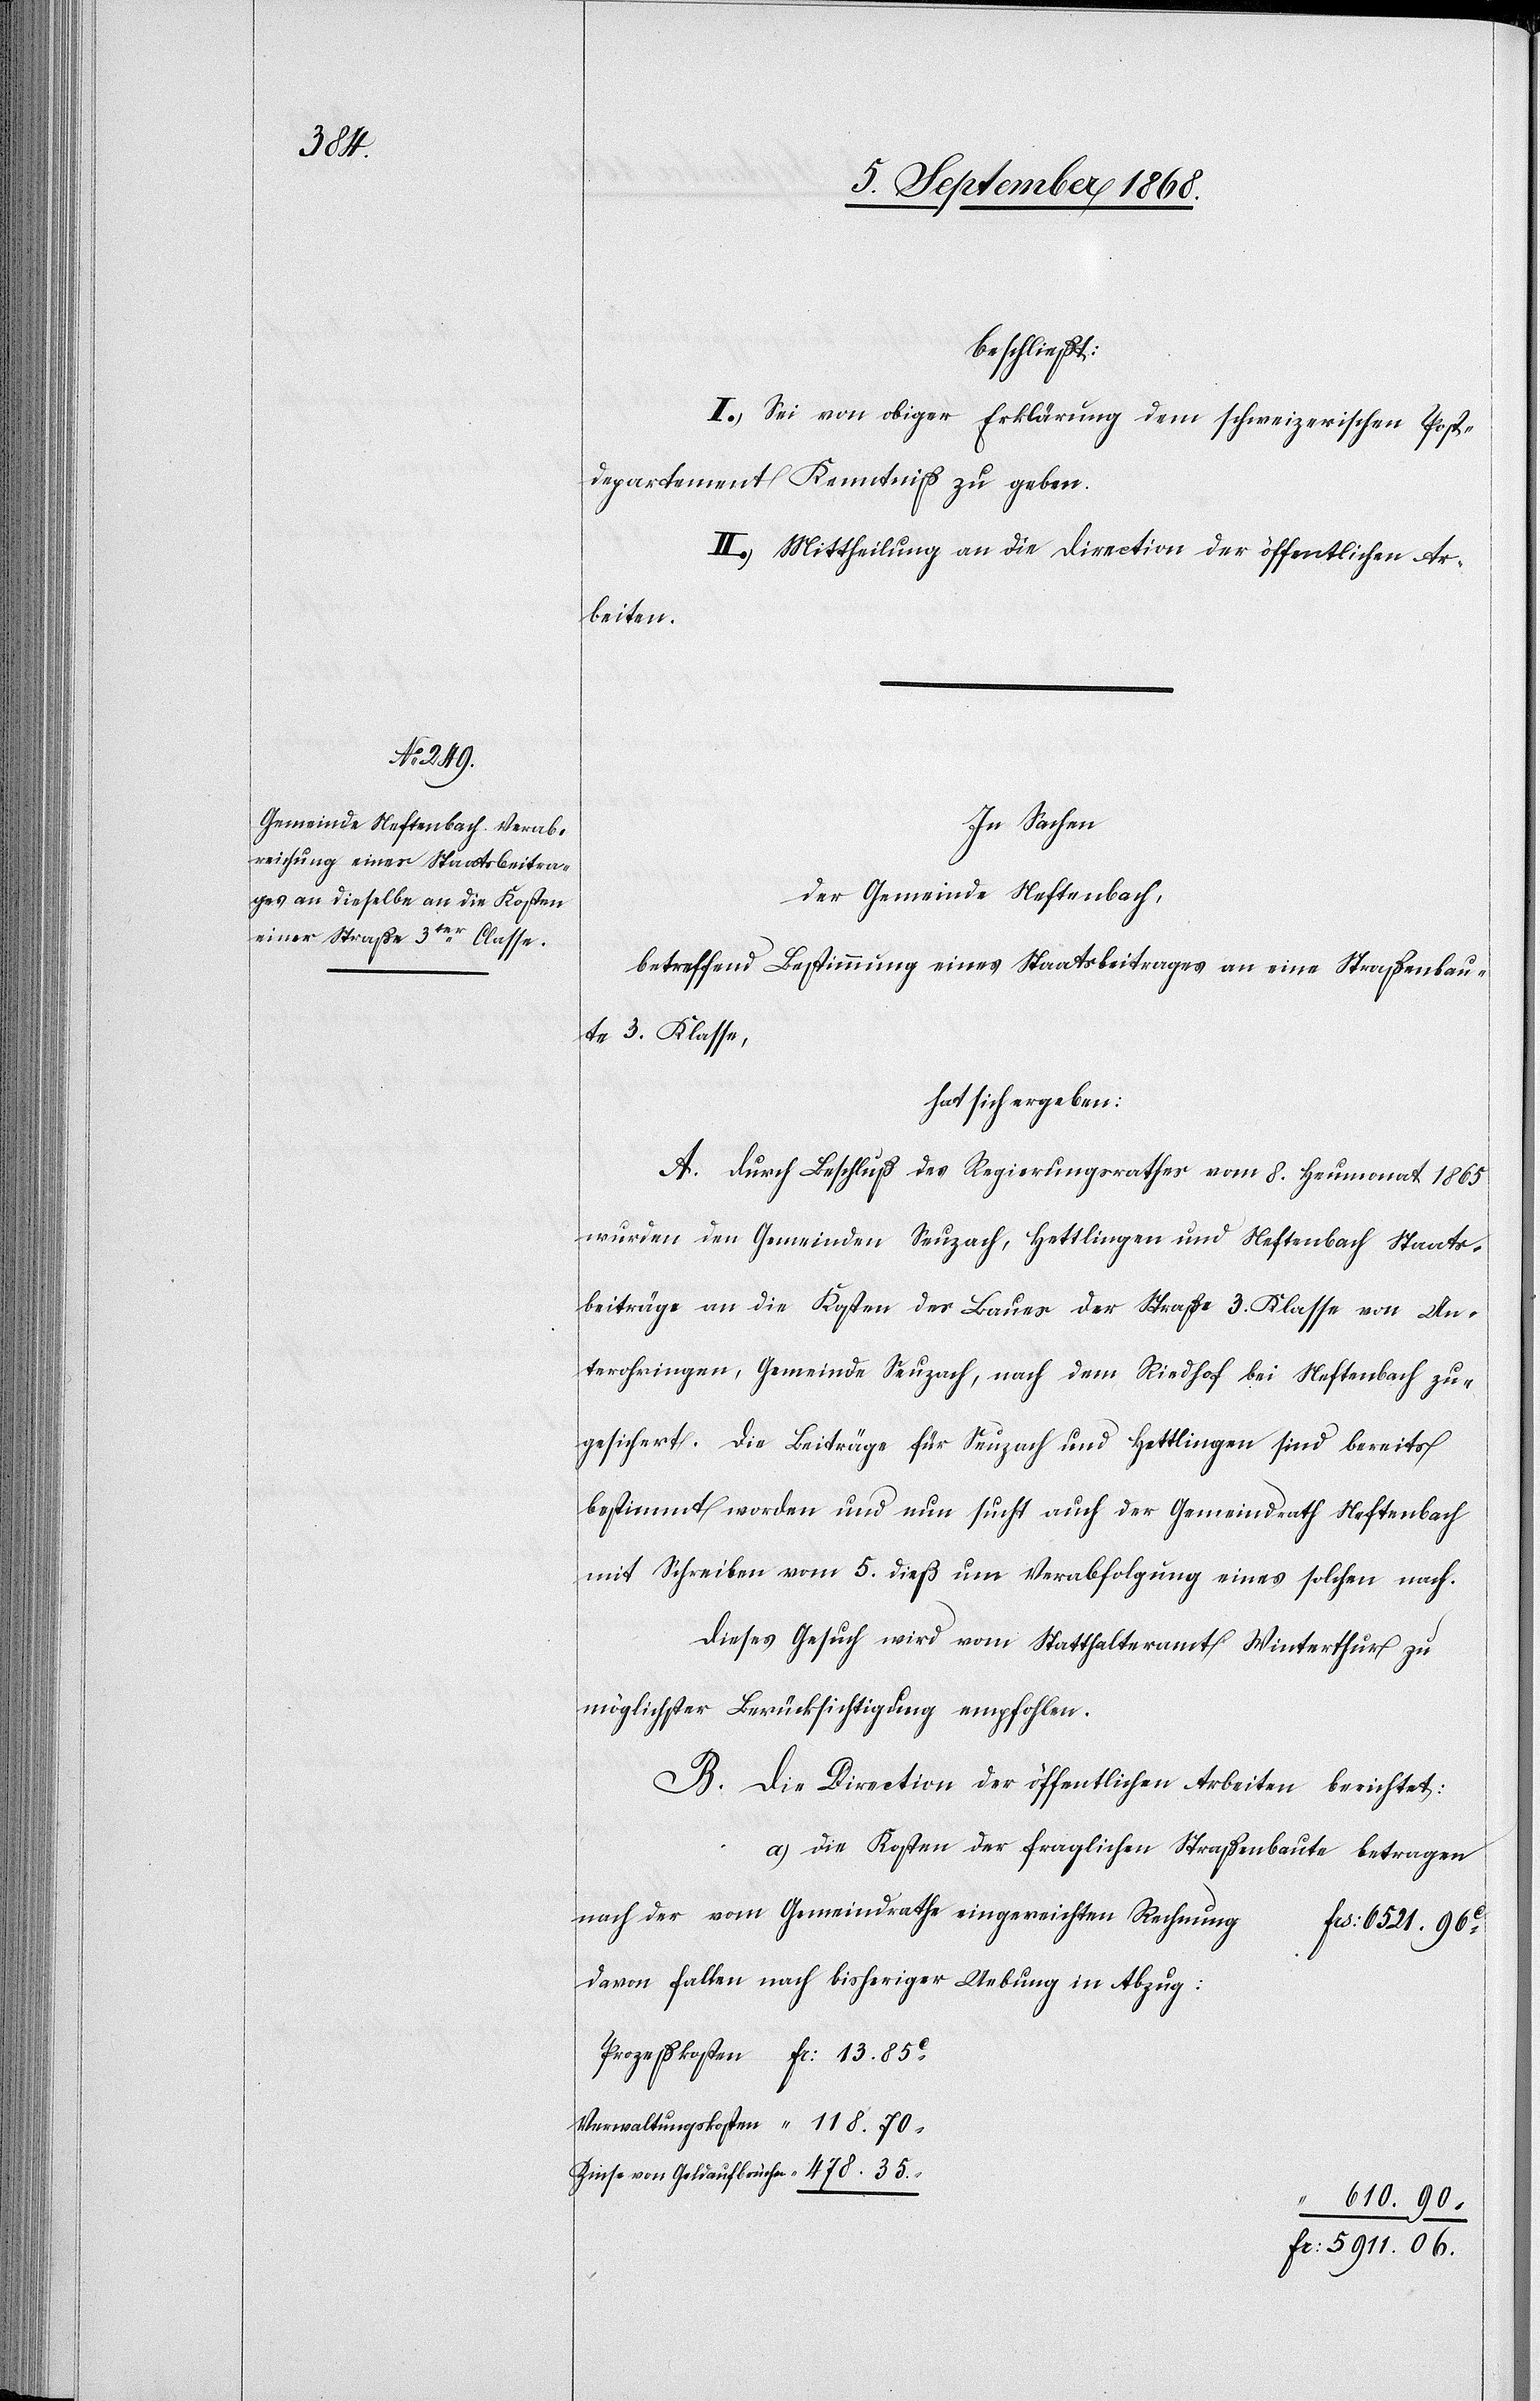
35.
eingereich¬

beschließt:
I.) Sei von obiger Erklärung dem schweizerischen Post¬
departement Kenntniß zu geben.
II.) Mittheilung an die Direction der öffentlichen Ar¬
beiten.
ten Rechnung
der Gemeinde Neftenbach,
betreffend Bestimmung eines Staatsbeitrages an eine Straßenbau¬
te 3. Klasse,
hat sich ergeben:
A. Durch Beschluß des Regierungsrathes vom 8. Heumonat 1865
wurden den Gemeinden Seuzach, Hettlingen und Neftenbach Staats¬
beiträge an die Kosten des Baues der Straße 3. Klasse von Un¬
terohringen, Gemeinde Seuzach, nach dem Riedhof bei Neftenbach zu¬
gesichert. Die Beiträge für Seuzach und Hettlingen sind bereits
bestimmt worden und nun sucht auch der Gemeindrath Neftenbach
mit Schreiben vom 5. dieß um Verabfolgung eines solchen nach.
Dieses Gesuch wird vom Statthalteramt Winterthur zu
möglichster Berücksichtigung empfohlen.
B. Die Direction der öffentlichen Arbeiten berichtet:
a.) Die Kosten der fraglichen Straßenbaute betragen
Frs: 6521. 96C
Davon fallen nach bisheriger Uebung in Abzug:
“ 610. 90
Fr: 5911. 06.